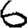
Digit: 6